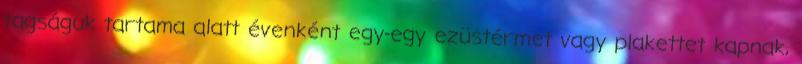
tagságuk tartama alatt évenként egy-egy ezüstérmet vagy plakettet kapnak,